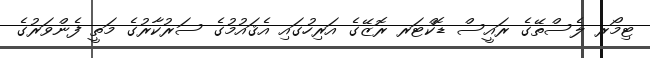
ޓިމޯރ ލެސްތޭގެ ރައީސް ޑޮކްޓަރ ރޮޒޭގެ އަރިހުގައި އެޤައުމުގެ ސަރުކާރުގެ މަތީ ފެންވަރުގެ